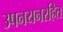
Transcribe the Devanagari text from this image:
उपनयनरहित